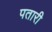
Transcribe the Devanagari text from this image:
पतारी